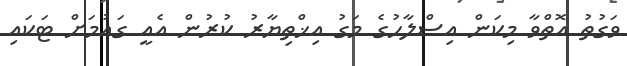
ވަގުތު އޮތްވާ މިކަން އިސްލާހުގެ މަގު އިޚްތިޔާރު ކުރުން އެއީ ގައުމަށް ޓަކައި